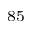
^ { 8 5 }